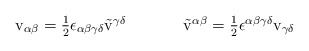
\begin{align*}\begin{array}{cc}{\rm v}_{\alpha\beta}=\textstyle{\frac{1}{2}}\epsilon_{\alpha\beta\gamma\delta}\tilde{{\rm v}}^{\gamma\delta}~~~~&~~~~\tilde{{\rm v}}^{\alpha\beta}=\textstyle{\frac{1}{2}}\epsilon^{\alpha\beta\gamma\delta}{\rm v}_{\gamma\delta}\end{array}\end{align*}